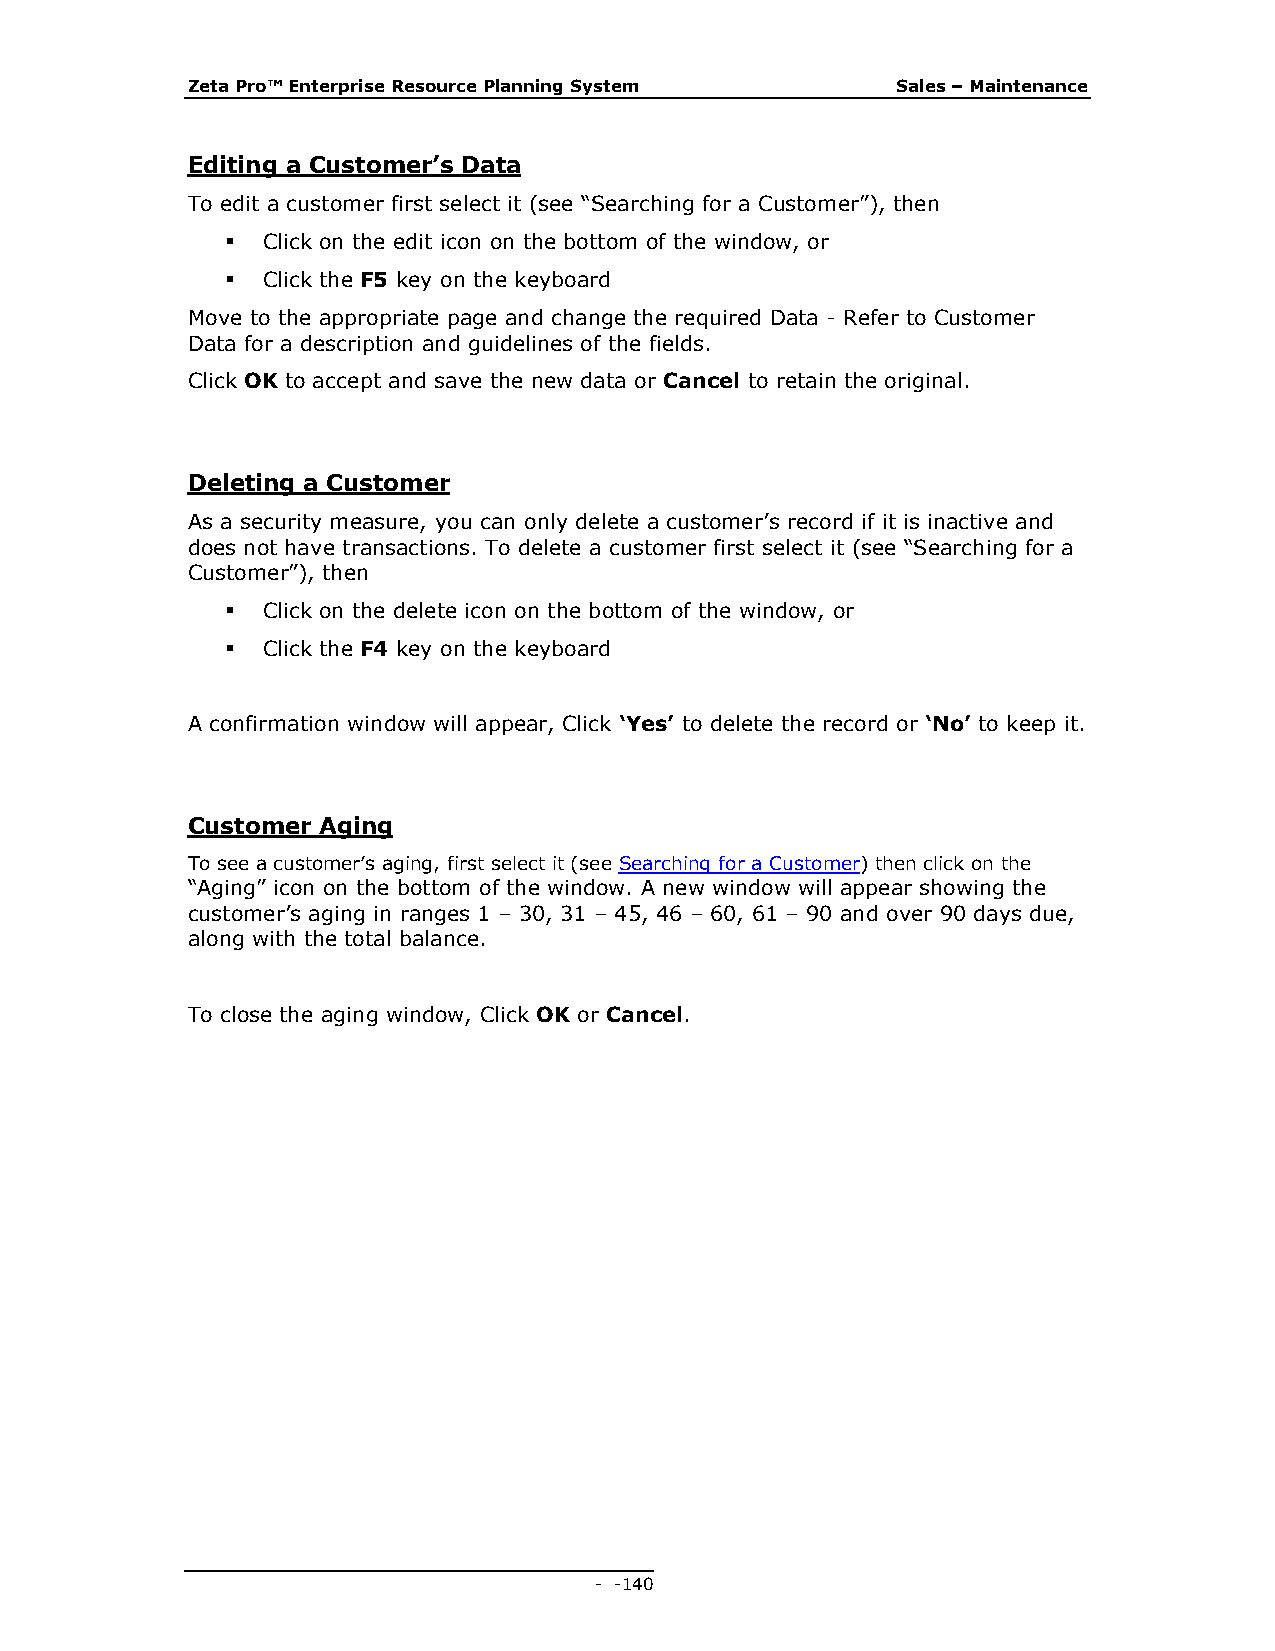
Zeta Pro™ Enterprise Resource Planning System  Sales – Maintenance
 Editing a Customer’s Data
 To edit a customer first select it (see “Searching for a Customer”), then
  Click on the edit icon on the bottom of the window, or
  Click the F5 key on the keyboard
 Move to the appropriate page and change the required Data - Refer to Customer
 Data for a description and guidelines of the fields.
 Click OK to accept and save the new data or Cancel to retain the original.
 Deleting a Customer
 As a security measure, you can only delete a customer’s record if it is inactive and
 does not have transactions. To delete a customer first select it (see “Searching for a
 Customer”), then
  Click on the delete icon on the bottom of the window, or
  Click the F4 key on the keyboard
 A confirmation window will appear, Click ‘Yes’ to delete the record or ‘No’ to keep it.
 Customer Aging
 To see a customer’s aging, first select it (see Searching for a Customer) then click on the
 “Aging” icon on the bottom of the window. A new window will appear showing the
 customer’s aging in ranges 1 – 30, 31 – 45, 46 – 60, 61 – 90 and over 90 days due,
 along with the total balance.
 To close the aging window, Click OK or Cancel.
 - - 140